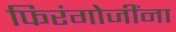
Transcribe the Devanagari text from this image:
फिरंगोजींना